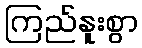
ကြည်နူးစွာ